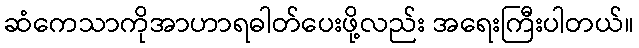
ဆံကေသာကိုအာဟာရဓါတ်ပေးဖို့လည်း အရေးကြီးပါတယ်။